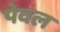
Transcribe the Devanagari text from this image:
पेवल